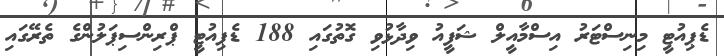
ޑެޕިއުޓީ މިނިސްޓަރު އިސްމާއީލް ޝަފީއު ވިދާޅުވި ގޮތުގައި 188 ޑެޕިއުޓީ ޕްރިންސިޕަލުންގެ ތެރޭގައި